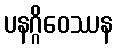
ပနဂ္ဂိဝေဿန